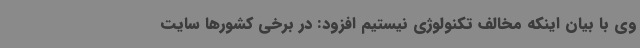
وی با بیان اینکه مخالف تکنولوژی نیستیم افزود: در برخی کشورها سایت